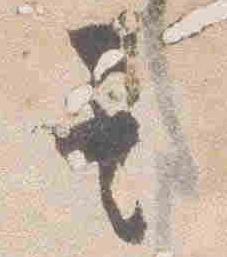
其